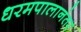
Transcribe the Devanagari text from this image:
धरमपालानंतर